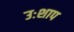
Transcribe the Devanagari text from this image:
उःशाप